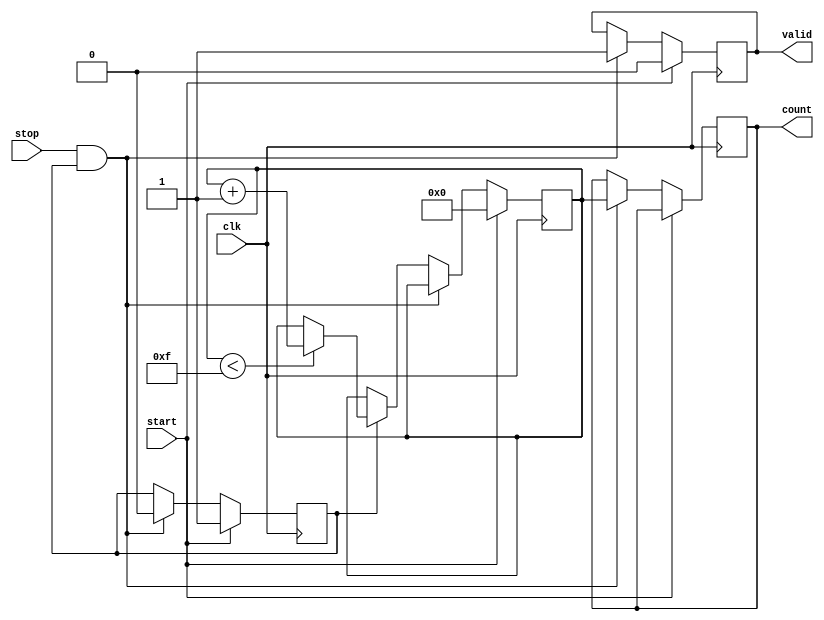
module TDC (
    input wire clk,            // Clock signal
    input wire start,          // Start signal
    input wire stop,           // Stop signal
    output reg [15:0] count,   // Output count value (16-bit)
    output reg valid           // Output valid signal
);

    // Parameters
    parameter NUM_DELAY_ELEMENTS = 16; // Number of delay elements
    parameter MAX_COUNT = NUM_DELAY_ELEMENTS - 1; // Maximum count value

    // Internal signals
    reg [15:0] counter;        // Counter for measuring time
    reg measuring;             // State flag for measuring
    reg [NUM_DELAY_ELEMENTS-1:0] delay_line; // Delay line

    // Delay line generation (simple shift register for demonstration)
    always @(posedge clk) begin
        if (measuring) begin
            delay_line <= {delay_line[NUM_DELAY_ELEMENTS-2:0], 1'b1}; // Shift in a '1'
        end else begin
            delay_line <= 0; // Reset delay line when not measuring
        end
    end

    // Counter logic
    always @(posedge clk) begin
        if (start) begin
            counter <= 0;      // Reset counter on start signal
            measuring <= 1;    // Start measuring
            valid <= 0;        // Reset valid signal
        end else if (stop && measuring) begin
            measuring <= 0;    // Stop measuring
            count <= counter;   // Store count value
            valid <= 1;        // Set valid signal
        end else if (measuring) begin
            if (counter < MAX_COUNT) begin
                counter <= counter + 1; // Increment counter
            end
        end
    end

endmodule